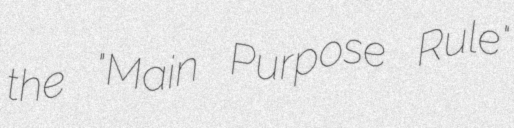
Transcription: the "Main Purpose Rule"